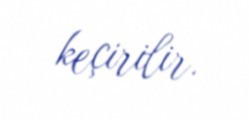
keçirilir.